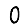
Digit: 0